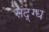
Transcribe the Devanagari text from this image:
संद्ग्ध